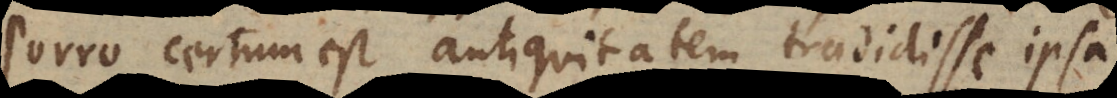
Porro certum est antiquitatem tradidisse ipsa